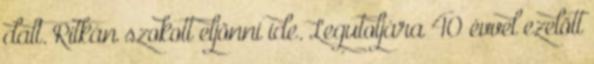
dalt. Ritkán szokott eljönni ide. Legutoljára 40 évvel ezelött